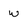
Character: w